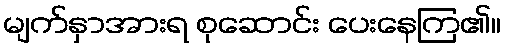
မျက်နှာအားရ စုဆောင်း ပေးနေကြ၏။